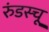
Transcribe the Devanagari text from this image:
रुंडस्चू